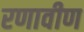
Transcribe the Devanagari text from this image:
रणावीण